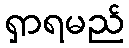
ရှာရမည်